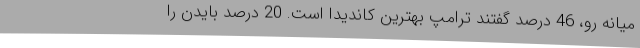
میانه رو، 46 درصد گفتند ترامپ بهترین کاندیدا است. 20 درصد بایدن را